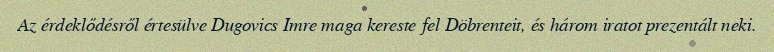
Az érdeklődésről értesülve Dugovics Imre maga kereste fel Döbrenteit, és három iratot prezentált neki.